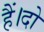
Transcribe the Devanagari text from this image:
हैं।दो